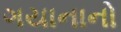
ગયાનાનો